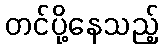
တင်ပို့နေသည့်